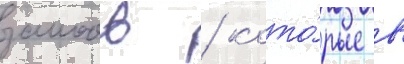
заимов / кото́рые в